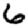
Digit: 6